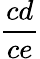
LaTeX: \frac{cd}{ce}